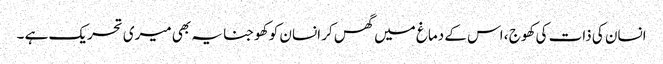
انسان کی ذات کی کھوج ، اس کے دماغ میں گھس کر انسان کو کھوجنا یہ بھی میری تحریک ہے ۔